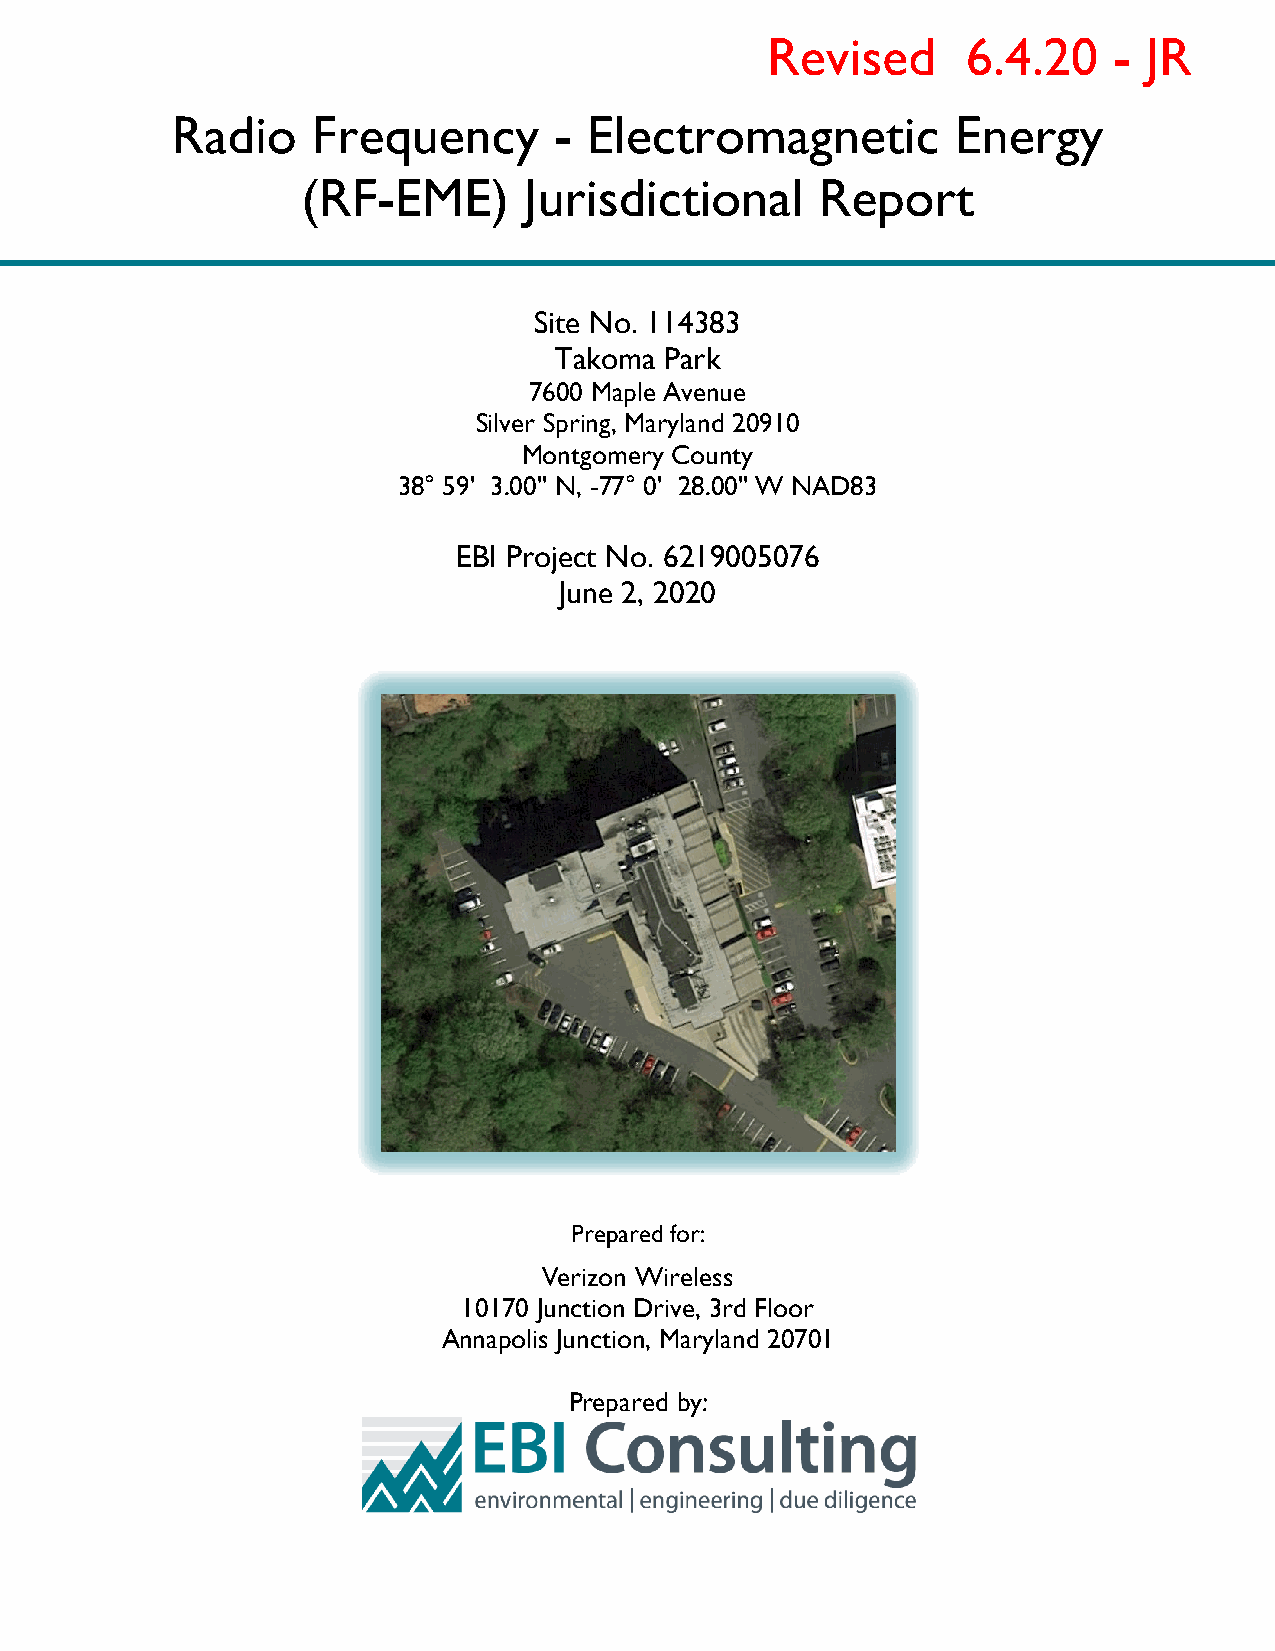
Revised      6.4.20    - JR
 Radio     Frequency       - Electromagnetic         Energy
 (RF-EME)       Jurisdictional     Report
 Site No. 114383
 Takoma Park
 7600 Maple Avenue
 Silver Spring, Maryland 20910
 Montgomery County
 38° 59' 3.00'' N, -77° 0' 28.00'' W NAD83
 EBI Project No. 6219005076
 June 2, 2020
 Prepared for:
 Verizon Wireless
 10170 Junction Drive, 3rd Floor
 Annapolis Junction, Maryland 20701
 Prepared by: